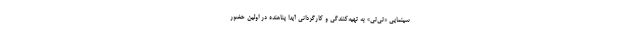
سینمایی «تی‌تی» به تهیه‌کنندگی و کارگردانی آیدا پناهنده در اولین حضور